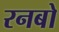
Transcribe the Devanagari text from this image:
रनबो